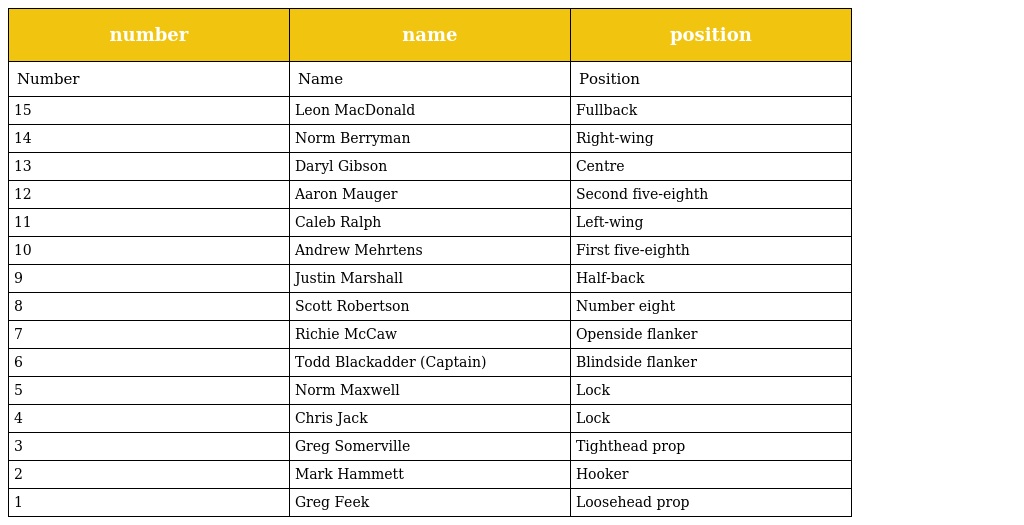
| number | name | position |
 | --- | --- | --- |
 | Number | Name | Position |
 | 15 | Leon MacDonald | Fullback |
 | 14 | Norm Berryman | Right-wing |
 | 13 | Daryl Gibson | Centre |
 | 12 | Aaron Mauger | Second five-eighth |
 | 11 | Caleb Ralph | Left-wing |
 | 10 | Andrew Mehrtens | First five-eighth |
 | 9 | Justin Marshall | Half-back |
 | 8 | Scott Robertson | Number eight |
 | 7 | Richie McCaw | Openside flanker |
 | 6 | Todd Blackadder (Captain) | Blindside flanker |
 | 5 | Norm Maxwell | Lock |
 | 4 | Chris Jack | Lock |
 | 3 | Greg Somerville | Tighthead prop |
 | 2 | Mark Hammett | Hooker |
 | 1 | Greg Feek | Loosehead prop |